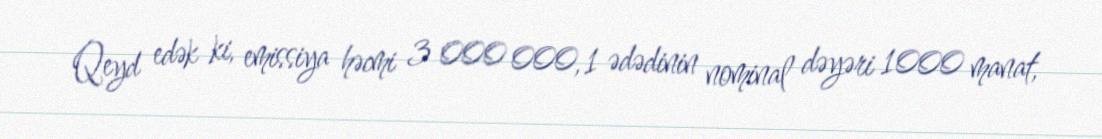
Qeyd edək ki, emissiya həcmi 3 000 000, 1 ədədinin nominal dəyəri 1000 manat,